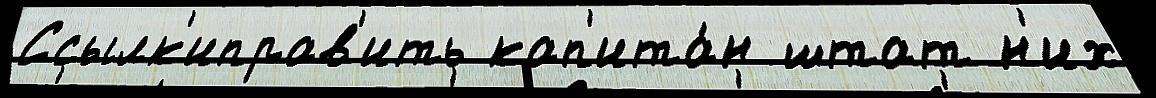
Ссылк'иправ'ить кап'ита́н штат н'их